Annual administration report of the Civil Veterinary Department of India - 1893-1894
Year: 1893
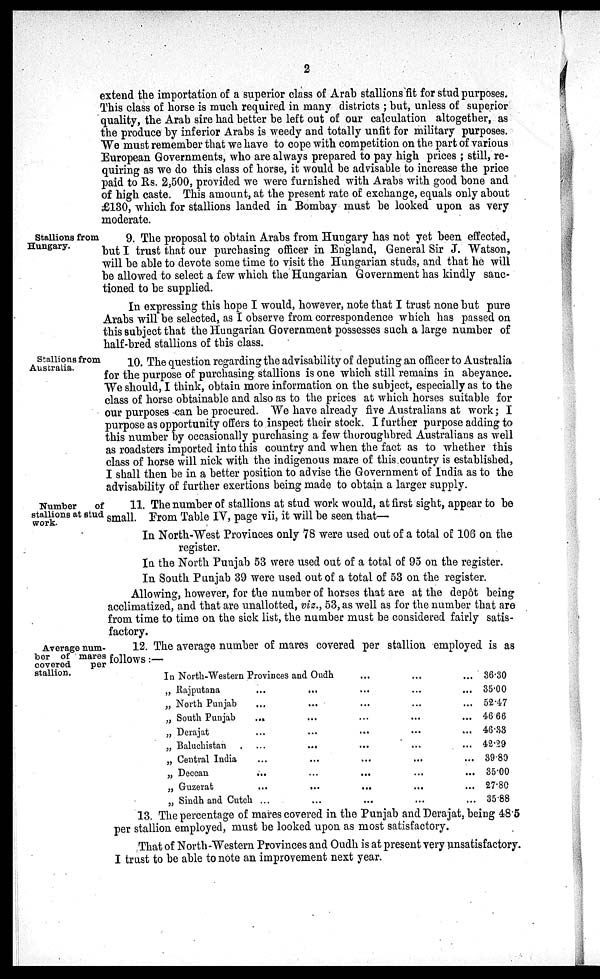
2
extend the importation of a superior class of Arab stallions fit for stud purposes.
This class of horse is much required in many districts ; but, unless of superior
quality, the Arab sire had better be left out of our calculation altogether, as
the produce by inferior Arabs is weedy and totally unfit for military purposes.
We must remember that we have to cope with competition on the part of various
European Governments, who are always prepared to pay high prices ; still, re-
quiring as we do this class of horse, it would be advisable to increase the price
paid to Rs. 2,500, provided we were furnished with Arabs with good bone and
of high caste. This amount, at the present rate of exchange, equals only about
£130, which for stallions landed in Bombay must be looked upon as very
moderate.
Stallions from
Hungary.
9. The proposal to obtain Arabs from Hungary has not yet been effected,
but I trust that our purchasing officer in England, General Sir J. Watson,
will be able to devote some time to visit the Hungarian studs, and that he will
be allowed to select a few which the Hungarian Government has kindly sanc-
tioned to be supplied.
In expressing this hope I would, however, note that I trust none but pure
Arabs will be selected, as I observe from correspondence which has passed on
this subject that the Hungarian Government possesses such a large number of
half-bred stallions of this class.
Stallions from
Australia.
10. The question regarding the advisability of deputing an officer to Australia
for the purpose of purchasing stallions is one which still remains in abeyance.
We should, I think, obtain more information on the subject, especially as to the
class of horse obtainable and also as to the prices at which horses suitable for
our purposes can be procured. We have already five Australians at work ; I
purpose as opportunity offers to inspect their stock. I further purpose adding to
this number by occasionally purchasing a few thoroughbred Australians as well
as roadsters imported into this country and when the fact as to whether this
class of horse will nick with the indigenous mare of this country is established,
I shall then be in a better position to advise the Government of India as to the
advisability of further exertions being made to obtain a larger supply.
Number
of
stallions at stud
work.
11. The number of stallions at stud work would, at first sight, appear to be
small. From Table IV, page vii, it will be seen that—
In North-West Provinces only 78 were used out of a total of 106 on the
register.
In the North Punjab 53 were used out of a total of 95 on the register.
In South Punjab 39 were used out of a total of 53 on the register.
Allowing, however, for the number of horses that are at the depôt being
acclimatized, and that are unallotted, viz., 53, as well as for the number that are
from time to time on the sick list, the number must be considered fairly satis-
factory.
Average num-
ber of mares
covered
per
stallion.
12. The average number of mares covered per stallion employed is as
follows:—
In North-Western Provinces and Oudh ... ... ...
„ Rajputana ... ... ... ... ...
„ North Punjab ... ... ... ... ...
„ South Punjab ... ... ... ... ...
„ Derajat ... ... ... ... ...
„ Baluchistan ... ... ... ... ...
„ Central India ... ... ... ... ...
„ Deccan ... ... ... ... ...
„ Guzerat ... ... ... ... ...
„ Sindh and Cutch ... ... ... ... ...
36.30
35.00
52.47
46.66
46.33
42.29
39.80
35.00
27.80
35.88
13. The percentage of mares covered in the Punjab and Derajat, being 48.5
per stallion employed, must be looked upon as most satisfactory.
That of North-Western Provinces and Oudh is at present very unsatisfactory.
I trust to be able to note an improvement next year.